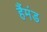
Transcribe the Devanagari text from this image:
हैंमंड